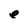
Character: e